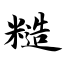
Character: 糙